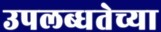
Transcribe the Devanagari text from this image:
उपलब्धतेच्या